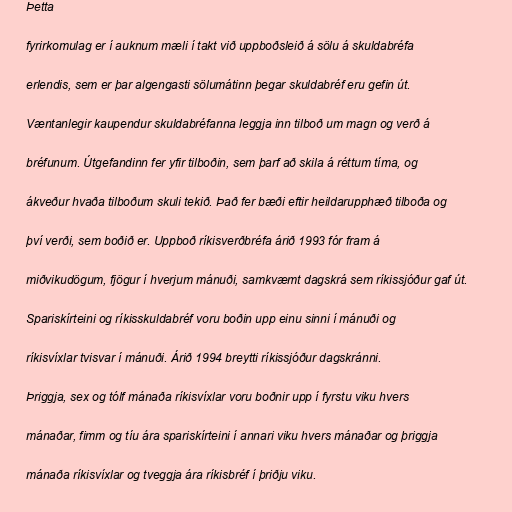
Þetta

fyrirkomulag er í auknum mæli í takt við uppboðsleið á sölu á skuldabréfa

erlendis, sem er þar algengasti sölumátinn þegar skuldabréf eru gefin út.

Væntanlegir kaupendur skuldabréfanna leggja inn tilboð um magn og verð á

bréfunum. Útgefandinn fer yfir tilboðin, sem þarf að skila á réttum tíma, og

ákveður hvaða tilboðum skuli tekið. Það fer bæði eftir heildarupphæð tilboða og

því verði, sem boðið er. Uppboð ríkisverðbréfa árið 1993 fór fram á

miðvikudögum, fjögur í hverjum mánuði, samkvæmt dagskrá sem ríkissjóður gaf út.

Spariskírteini og ríkisskuldabréf voru boðin upp einu sinni í mánuði og

ríkisvíxlar tvisvar í mánuði. Árið 1994 breytti ríkissjóður dagskránni.

Þriggja, sex og tólf mánaða ríkisvíxlar voru boðnir upp í fyrstu viku hvers

mánaðar, fimm og tíu ára spariskírteini í annari viku hvers mánaðar og þriggja

mánaða ríkisvíxlar og tveggja ára ríkisbréf í þriðju viku.